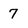
Character: 7